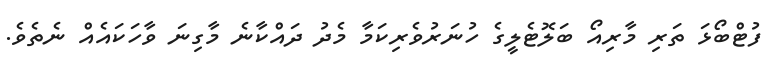
ފުޓްބޯޅަ ތަރި މާރިއޯ ބަލޮޓެލީގެ ހުނަރުވެރިކަމާ މެދު ދައްކާނެ މާގިނަ ވާހަކައެއް ނެތެވެ.